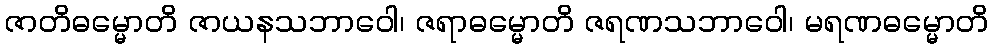
ဇာတိဓမ္မောတိ ဇာယနသဘာဝေါ၊ ဇရာဓမ္မောတိ ဇရဏသဘာဝေါ၊ မရဏဓမ္မောတိ